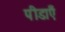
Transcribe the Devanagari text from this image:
पीडाएँ